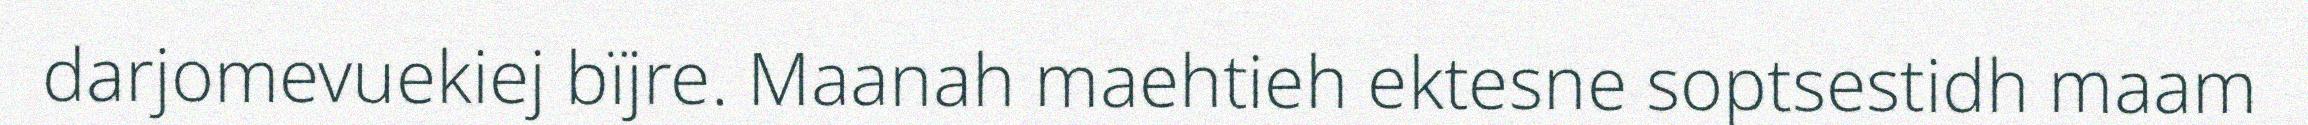
darjomevuekiej bïjre. Maanah maehtieh ektesne soptsestidh maam